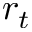
r _ { t }